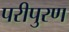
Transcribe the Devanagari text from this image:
परीपुरण